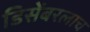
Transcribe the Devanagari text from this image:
डिसेंबरलाच